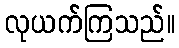
လုယက်ကြသည်။